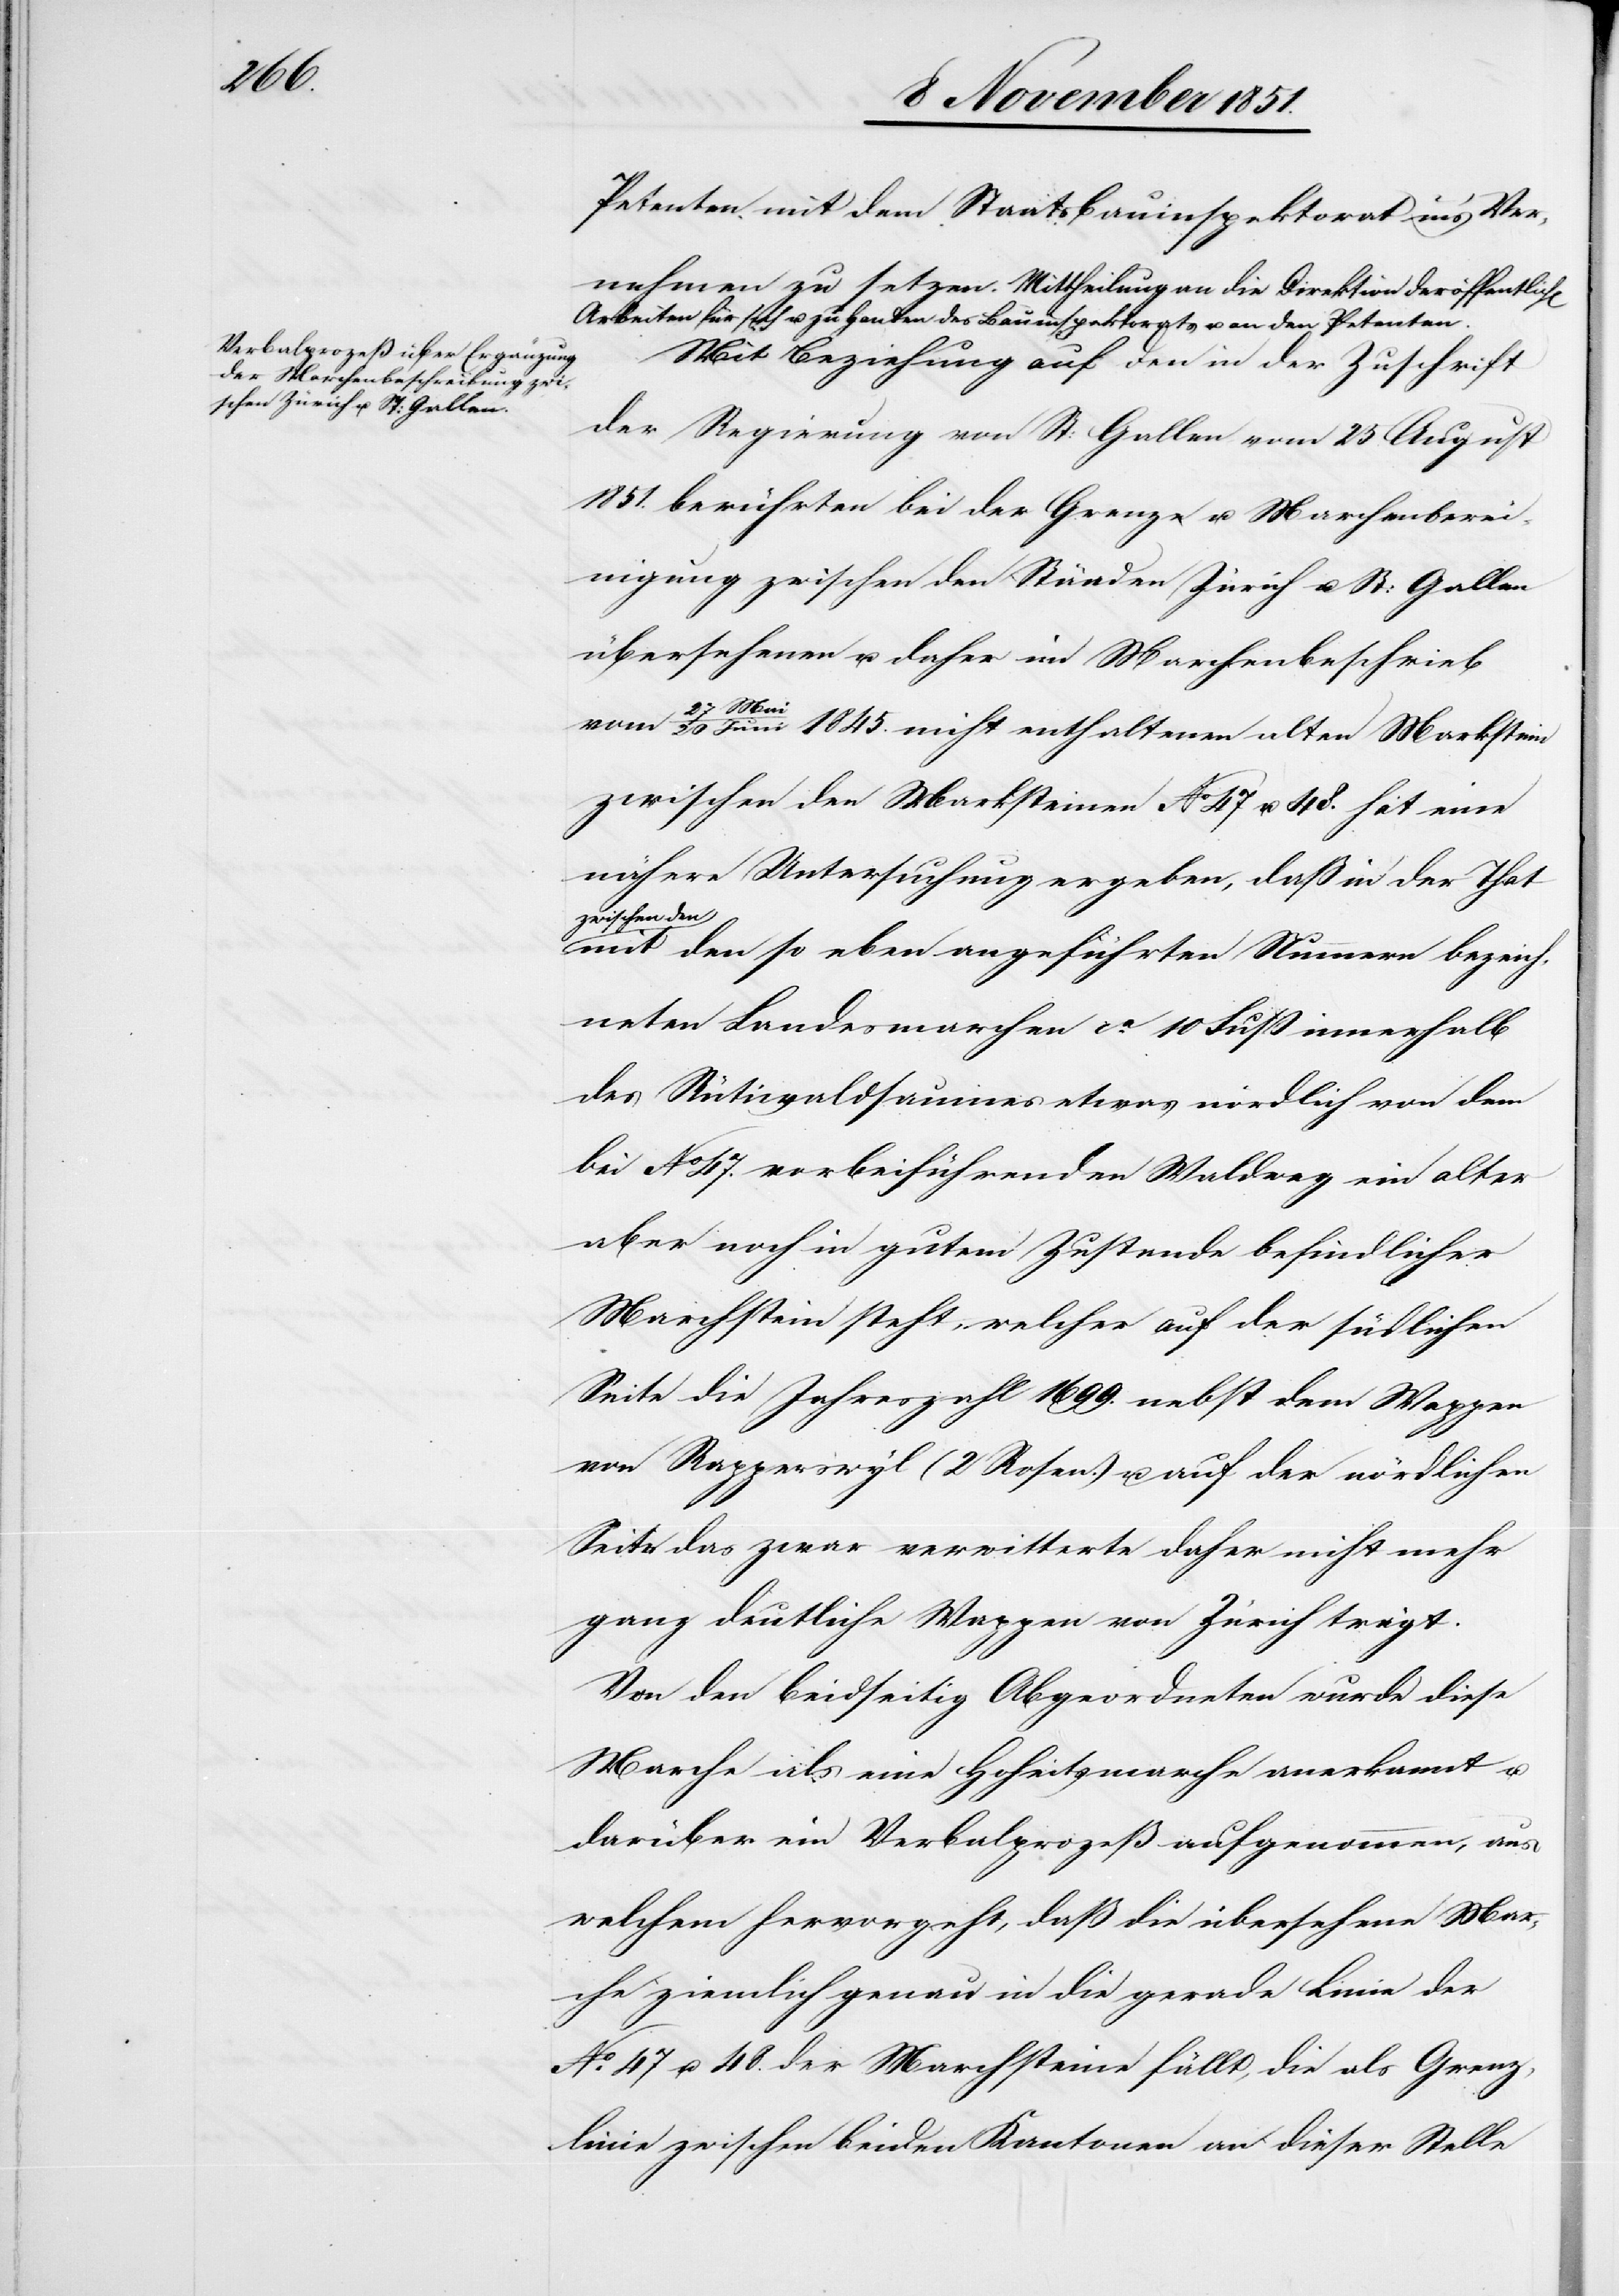
h[en]

Petenten mit dem Staatsbauinspektorat in’s Ver¬
nehmen zu setzen. Mittheilung an die Direktion der öffentlic¬
Arbeiten für sich u. zu Handen des Bauinspektorats u. an den Petenten.
Mit Beziehung auf den in der Zuschrift
der Regierung von St: Gallen vom 25 August
1851. berührten bei der Grenz[-] u. Marchenberei¬
nigung zwischen den Ständen Zürich u. St: Gallen
übersehenen u. daher im Marchenbeschrieb
Mai
/ 20 Juni 1845. nicht enthaltenen alten Markstein
zwischen den Marksteinen No 47 u. 48. hat eine
nähere Untersuchung ergeben, daß in der That
zwischen den
mit den so eben angeführten Nummern bezeich¬
neten Landesmarchen ca. 10 Fuß innerhalb
des Rütiwaldsaumes etwas nördlich von dem
bei No 47. vorbeiführenden Waldweg ein alter
aber noch in gutem Zustande befindlicher
Marchstein steht, welcher auf der südlichen
Seite die Jahreszahl 1699. nebst dem Wappen
von Rapperswyl (2 Rosen.) u. auf der nördlichen
Seite das zwar verwitterte daher nicht mehr
ganz deutliche Wappen von Zürich trägt.
Von den beidseitig Abgeordneten wurde diese
Marche als eine Hoheitsmarche anerkannt u.
darüber ein Verbalprozeß aufgenommen, aus
welchem hervorgeht, daß die übersehene Mar¬
che ziemlich genau in die gerade Linie der
No. 47 u. 48. der Marchsteine fällt, die als Grenz¬
linie zwischen beiden Kantonen an dieser Stelle